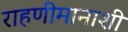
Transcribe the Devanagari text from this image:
राहणीमानाशी